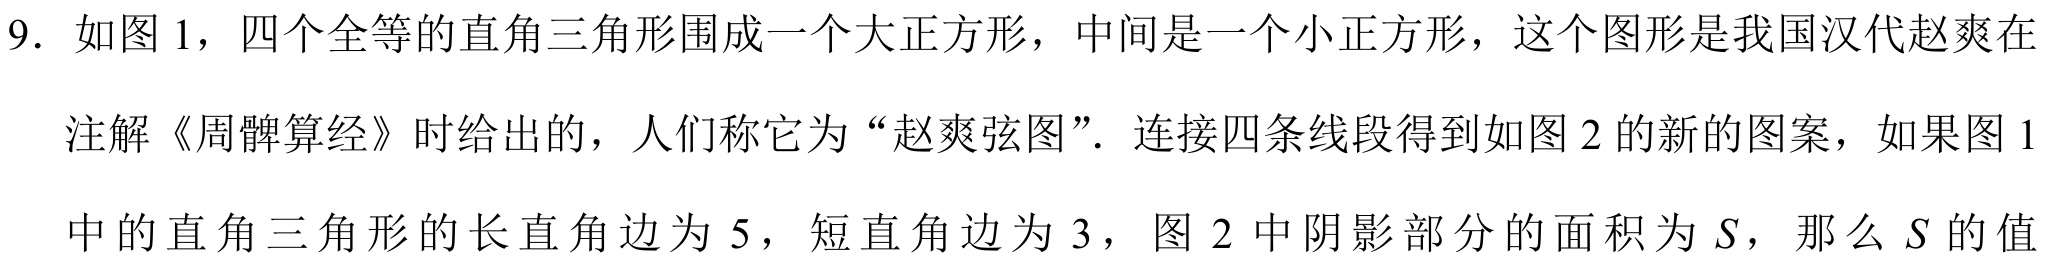
9. 如图1，四个全等的直角三角形围成一个大正方形，中间是一个小正方形，这个图形是我国汉代赵爽在
注解《周髀算经》时给出的，人们称它为“赵爽弦图”. 连接四条线段得到如图2的新的图案，如果图1
中的直角三角形的长直角边为5，短直角边为3，图2中阴影部分的面积为\(S\)，那么\(S\)的值